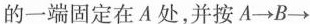
的一端固定在A处，并按A \rightarrow B \rightarrow